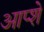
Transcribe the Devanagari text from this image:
आप्शे